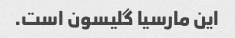
این مارسیا گلیسون است.